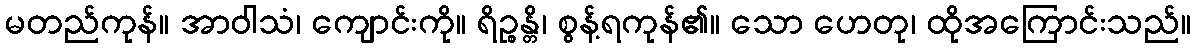
မတည်ကုန်။ အာဝါသံ၊ ကျောင်းကို။ ရိဉ္စန္တိ၊ စွန့်ရကုန်၏။ သော ဟေတု၊ ထိုအကြောင်းသည်။